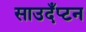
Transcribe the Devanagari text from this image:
साउदँप्टन